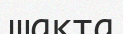
шақта